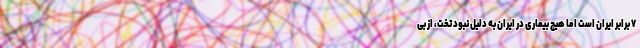
۷ برابر ایران است اما هیچ بیماری در ایران به دلیل نبود تخت، از بی